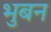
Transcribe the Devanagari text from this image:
भुबन